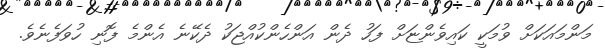
މަންމައަކަށް ވުމަކީ ކައިވެންޏަށް ފަހު ދެން އަންހެންކުއްޖަކު ދެކޭނެ އެންމެ ފޮނި ހުވަފެނެވެ.